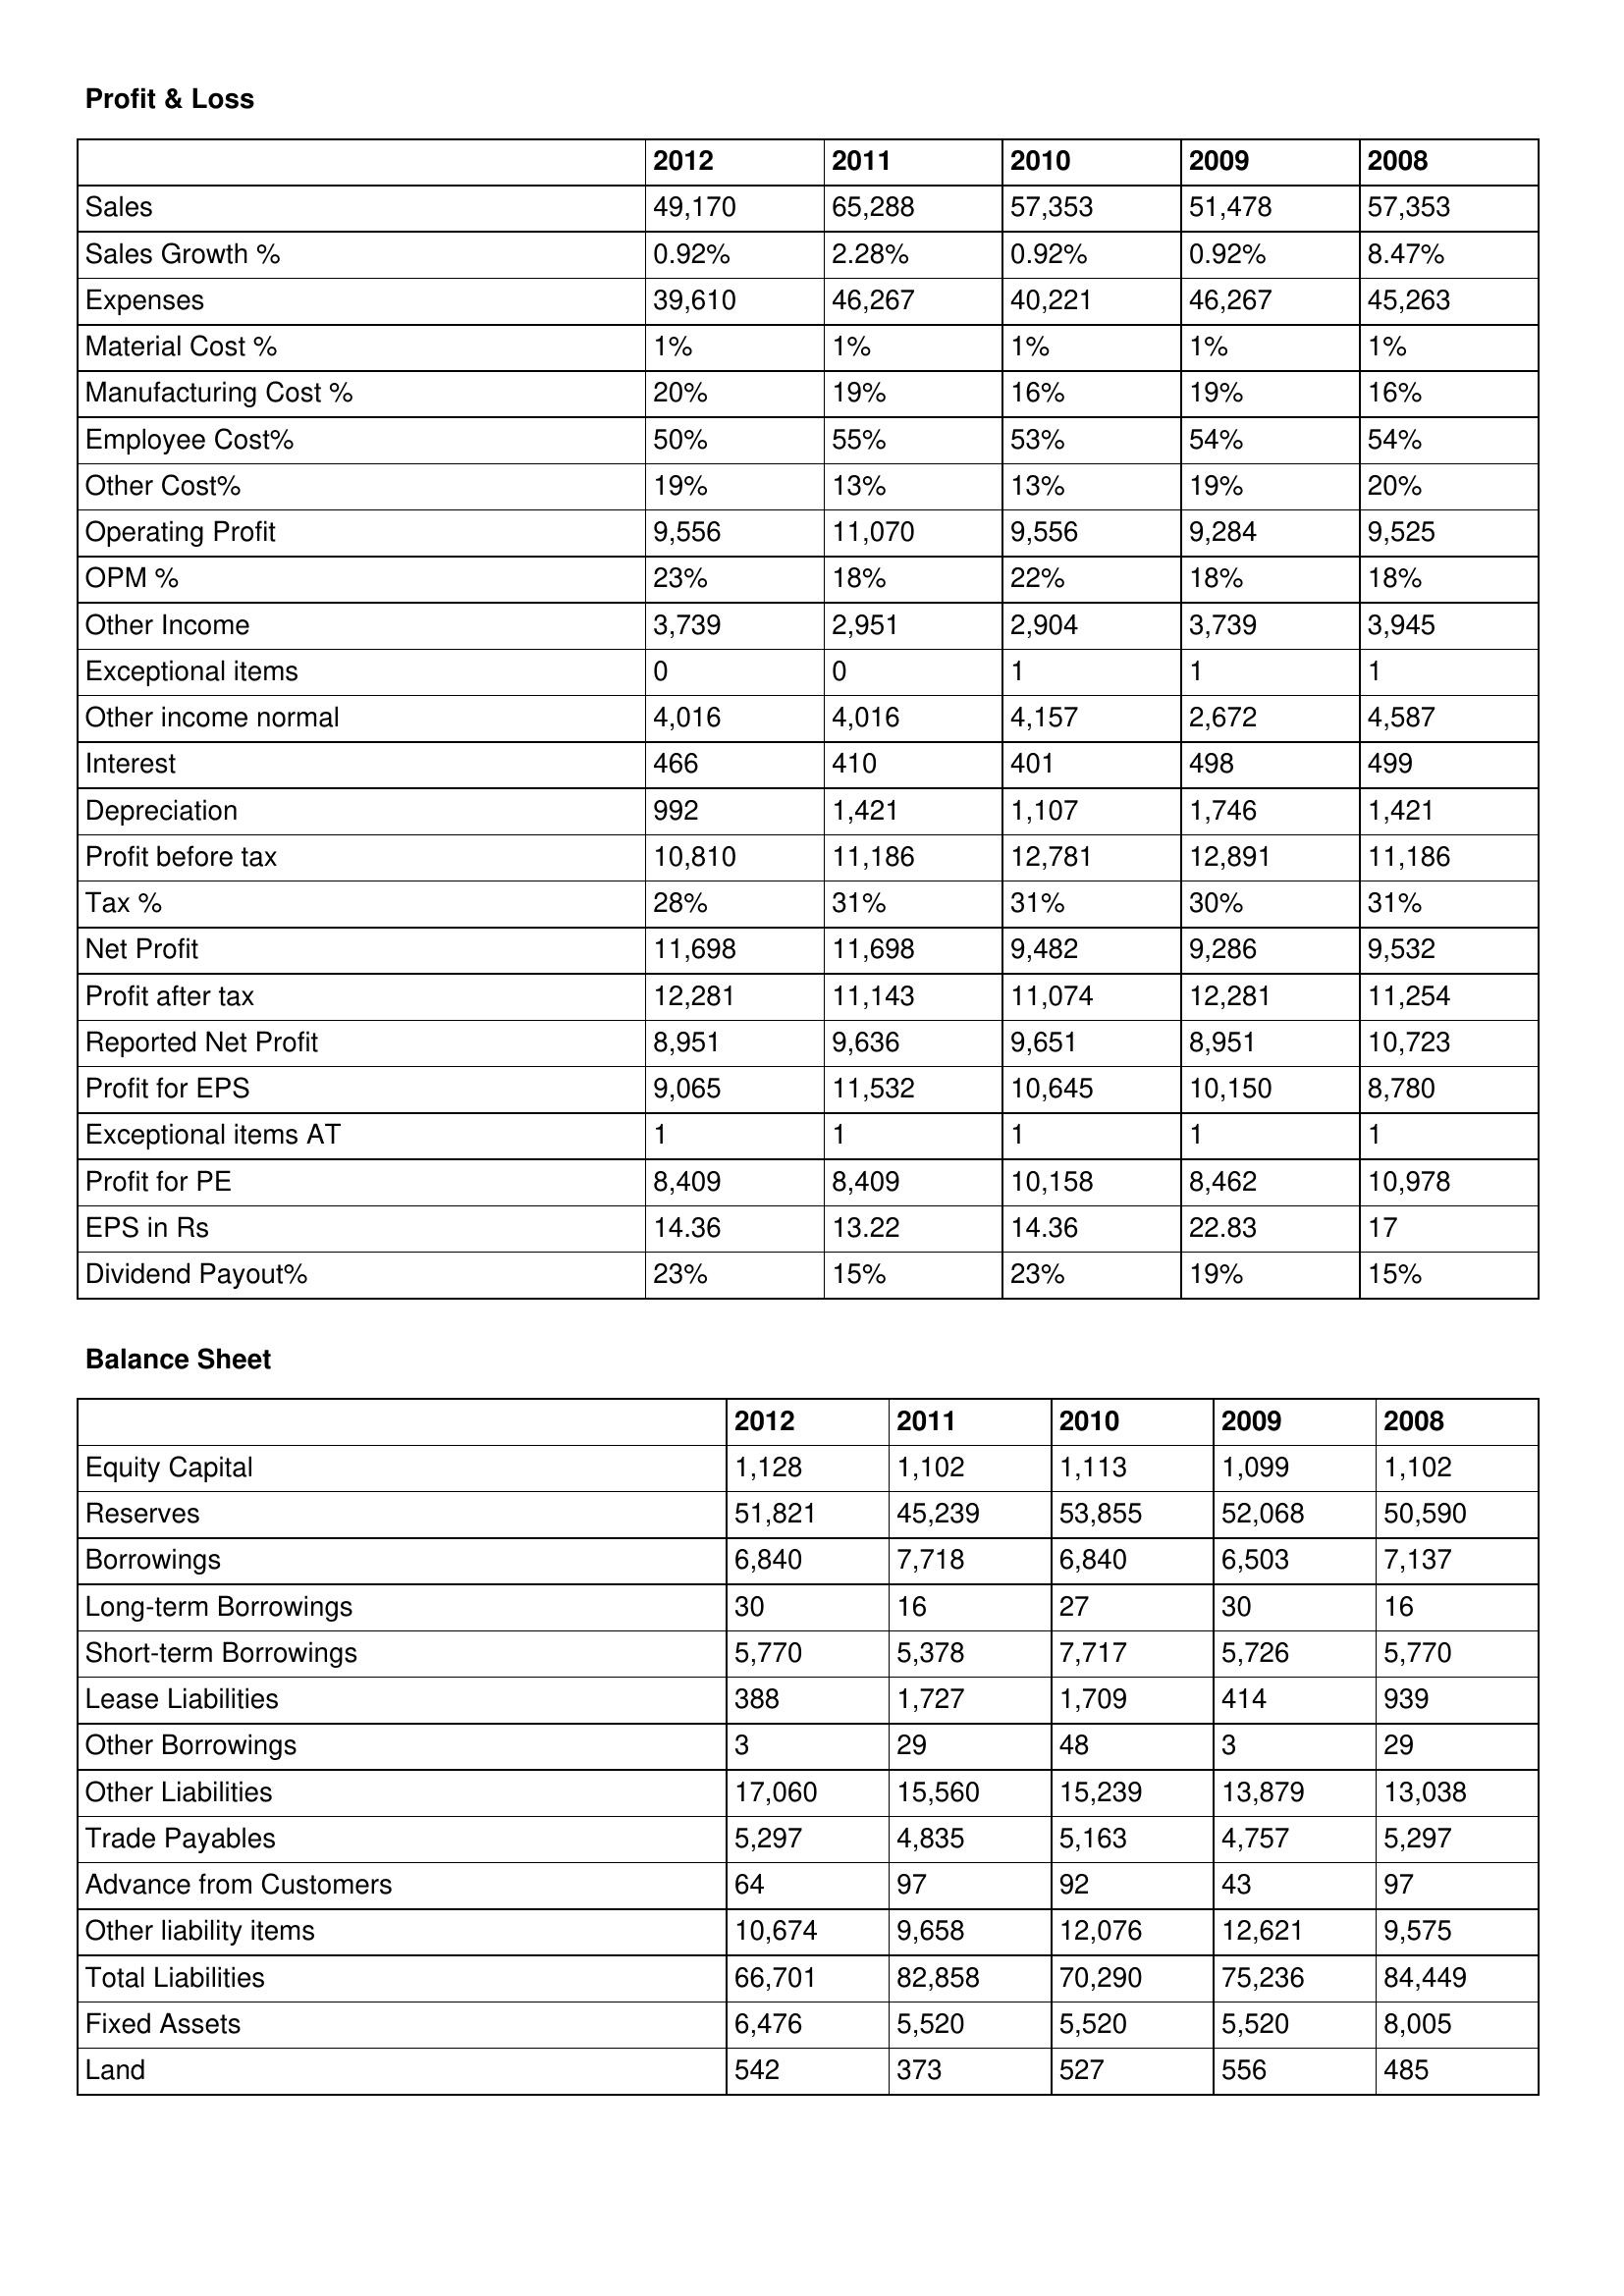
gt_parse: 2012: Profit & Loss: Sales: 49,170
Sales Growth %: 0.92%
Expenses: 39,610
Material Cost %: 1%
Manufacturing Cost %: 20%
Employee Cost%: 50%
Other Cost%: 19%
Operating Profit: 9,556
OPM %: 23%
Other Income: 3,739
Exceptional items: 0
Other income normal: 4,016
Interest: 466
Depreciation: 992
Profit before tax: 10,810
Tax %: 28%
Net Profit: 11,698
Profit after tax: 12,281
Reported Net Profit: 8,951
Profit for EPS: 9,065
Exceptional items AT: 1
Profit for PE: 8,409
EPS in Rs: 14.36
Dividend Payout%: 23%
Balance Sheet: Equity Capital: 1,128
Reserves: 51,821
Borrowings: 6,840
Long-term Borrowings: 30
Short-term Borrowings: 5,770
Lease Liabilities: 388
Other Borrowings: 3
Other Liabilities: 17,060
Trade Payables: 5,297
Advance from Customers: 64
Other liability items: 10,674
Total Liabilities: 66,701
Fixed Assets: 6,476
Land: 542
2011: Profit & Loss: Sales: 65,288
Sales Growth %: 2.28%
Expenses: 46,267
Material Cost %: 1%
Manufacturing Cost %: 19%
Employee Cost%: 55%
Other Cost%: 13%
Operating Profit: 11,070
OPM %: 18%
Other Income: 2,951
Exceptional items: 0
Other income normal: 4,016
Interest: 410
Depreciation: 1,421
Profit before tax: 11,186
Tax %: 31%
Net Profit: 11,698
Profit after tax: 11,143
Reported Net Profit: 9,636
Profit for EPS: 11,532
Exceptional items AT: 1
Profit for PE: 8,409
EPS in Rs: 13.22
Dividend Payout%: 15%
Balance Sheet: Equity Capital: 1,102
Reserves: 45,239
Borrowings: 7,718
Long-term Borrowings: 16
Short-term Borrowings: 5,378
Lease Liabilities: 1,727
Other Borrowings: 29
Other Liabilities: 15,560
Trade Payables: 4,835
Advance from Customers: 97
Other liability items: 9,658
Total Liabilities: 82,858
Fixed Assets: 5,520
Land: 373
2010: Profit & Loss: Sales: 57,353
Sales Growth %: 0.92%
Expenses: 40,221
Material Cost %: 1%
Manufacturing Cost %: 16%
Employee Cost%: 53%
Other Cost%: 13%
Operating Profit: 9,556
OPM %: 22%
Other Income: 2,904
Exceptional items: 1
Other income normal: 4,157
Interest: 401
Depreciation: 1,107
Profit before tax: 12,781
Tax %: 31%
Net Profit: 9,482
Profit after tax: 11,074
Reported Net Profit: 9,651
Profit for EPS: 10,645
Exceptional items AT: 1
Profit for PE: 10,158
EPS in Rs: 14.36
Dividend Payout%: 23%
Balance Sheet: Equity Capital: 1,113
Reserves: 53,855
Borrowings: 6,840
Long-term Borrowings: 27
Short-term Borrowings: 7,717
Lease Liabilities: 1,709
Other Borrowings: 48
Other Liabilities: 15,239
Trade Payables: 5,163
Advance from Customers: 92
Other liability items: 12,076
Total Liabilities: 70,290
Fixed Assets: 5,520
Land: 527
2009: Profit & Loss: Sales: 51,478
Sales Growth %: 0.92%
Expenses: 46,267
Material Cost %: 1%
Manufacturing Cost %: 19%
Employee Cost%: 54%
Other Cost%: 19%
Operating Profit: 9,284
OPM %: 18%
Other Income: 3,739
Exceptional items: 1
Other income normal: 2,672
Interest: 498
Depreciation: 1,746
Profit before tax: 12,891
Tax %: 30%
Net Profit: 9,286
Profit after tax: 12,281
Reported Net Profit: 8,951
Profit for EPS: 10,150
Exceptional items AT: 1
Profit for PE: 8,462
EPS in Rs: 22.83
Dividend Payout%: 19%
Balance Sheet: Equity Capital: 1,099
Reserves: 52,068
Borrowings: 6,503
Long-term Borrowings: 30
Short-term Borrowings: 5,726
Lease Liabilities: 414
Other Borrowings: 3
Other Liabilities: 13,879
Trade Payables: 4,757
Advance from Customers: 43
Other liability items: 12,621
Total Liabilities: 75,236
Fixed Assets: 5,520
Land: 556
2008: Profit & Loss: Sales: 57,353
Sales Growth %: 8.47%
Expenses: 45,263
Material Cost %: 1%
Manufacturing Cost %: 16%
Employee Cost%: 54%
Other Cost%: 20%
Operating Profit: 9,525
OPM %: 18%
Other Income: 3,945
Exceptional items: 1
Other income normal: 4,587
Interest: 499
Depreciation: 1,421
Profit before tax: 11,186
Tax %: 31%
Net Profit: 9,532
Profit after tax: 11,254
Reported Net Profit: 10,723
Profit for EPS: 8,780
Exceptional items AT: 1
Profit for PE: 10,978
EPS in Rs: 17
Dividend Payout%: 15%
Balance Sheet: Equity Capital: 1,102
Reserves: 50,590
Borrowings: 7,137
Long-term Borrowings: 16
Short-term Borrowings: 5,770
Lease Liabilities: 939
Other Borrowings: 29
Other Liabilities: 13,038
Trade Payables: 5,297
Advance from Customers: 97
Other liability items: 9,575
Total Liabilities: 84,449
Fixed Assets: 8,005
Land: 485